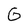
Character: G